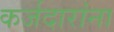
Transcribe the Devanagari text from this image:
कर्जदारांना